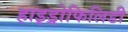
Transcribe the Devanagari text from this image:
हाइड्रोफिलिडी